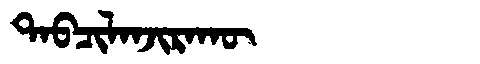
Manchu: ᡨᠠᠪᠴᡳᠯᠠᠨᠵᡳᡵᠠᡴᡡ
Romanization: TABCILANJIRAKŪ